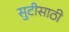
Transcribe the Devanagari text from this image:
सुटीसाठी